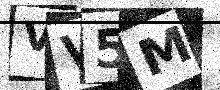
Text: VV5M